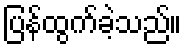
ပြန်ထွက်ခဲ့သည်။